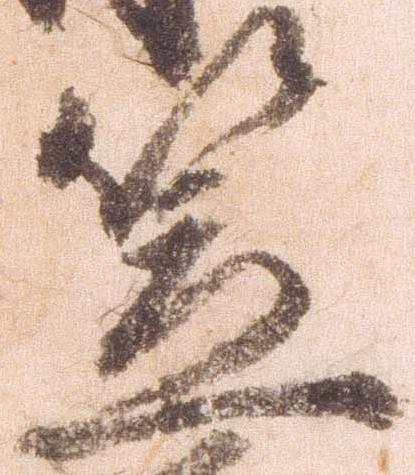
笠